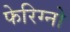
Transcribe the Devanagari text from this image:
फेरिग्नो